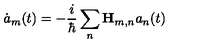
\dot { a } _ { m } ( t ) = - \frac i \hbar \sum _ { n } { \bf H } _ { m , n } a _ { n } ( t )